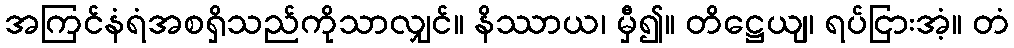
အကြင်နံရံအစရှိသည်ကိုသာလျှင်။ နိဿာယ၊ မှီ၍။ တိဋ္ဌေယျ၊ ရပ်ငြားအံ့။ တံ